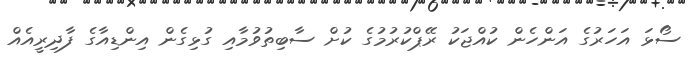
ސޯޅަ އަހަރުގެ އަންހެން ކުއްޖަކު ރޭޕްކުރުމުގެ ކުށް ސާބިތުވުމާއި ގުޅިގެން އިންޑިއާގެ ފާދިރީއެއް